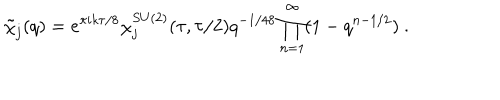
\tilde { \chi } _ { j } ( q ) = e ^ { \pi i k \tau / 8 } \chi _ { j } ^ { S U ( 2 ) } ( \tau , \tau / 2 ) q ^ { - 1 / 4 8 } \prod _ { n = 1 } ^ { \infty } ( 1 - q ^ { n - 1 / 2 } ) ~ .